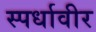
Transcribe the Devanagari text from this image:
स्पर्धावीर